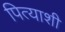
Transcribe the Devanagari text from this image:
पित्याशी